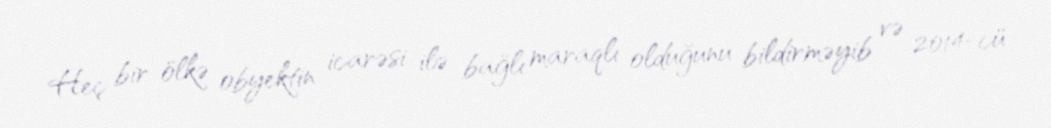
Heç bir ölkə obyektin icarəsi ilə bağlı maraqlı olduğunu bildirməyib və 2014-cü